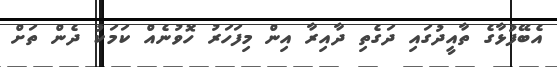
އެބޭފުޅާގެ ތާއީދުގައި ދަގެތި ދާއިރާ އިން މިފަހަރު ހޮވުނެއްް ކަމަކު ދެން ތަށް